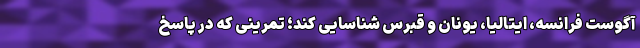
آگوست فرانسه، ایتالیا، یونان و قبرس شناسایی کند؛ تمرینی که در پاسخ